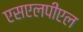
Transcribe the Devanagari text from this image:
एसएलपीएल